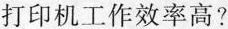
打印机工作效率高?